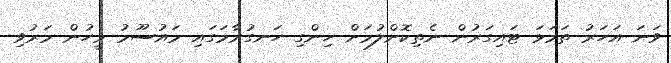
ވަނަ އަހަރު ތަމަޅަ ޓައިގަރުން ނެތިކޮށްލުމަށް ހިންގި ހަނގުރާމަގައި މައުސޫމު މީހުން މަރުވި